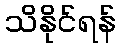
သိနိုင်ရန်